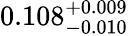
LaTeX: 0.108_{-0.010}^{+0.009}